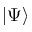
| \Psi \rangle